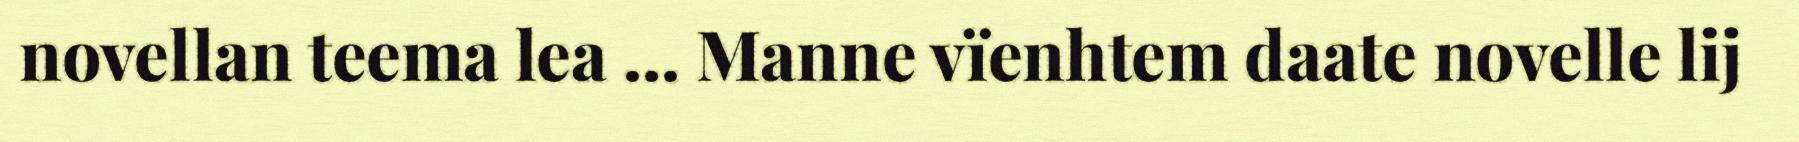
novellan teema lea ... Manne vïenhtem daate novelle lij